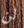
لن